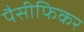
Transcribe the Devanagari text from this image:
पैसीफिकर